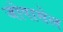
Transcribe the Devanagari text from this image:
जोपासेल